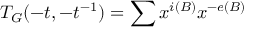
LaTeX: T _ { { \cal G } } ( - t , - t ^ { - 1 } ) = \sum x ^ { i ( B ) } x ^ { - e ( B ) }